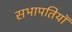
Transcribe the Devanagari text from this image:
सभापतियॉ